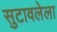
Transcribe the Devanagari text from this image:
सुटावलेला